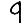
Digit: 9